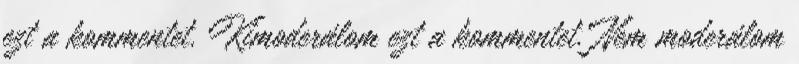
ezt a kommentet. Kimoderálom ezt a kommentet. Nem moderálom